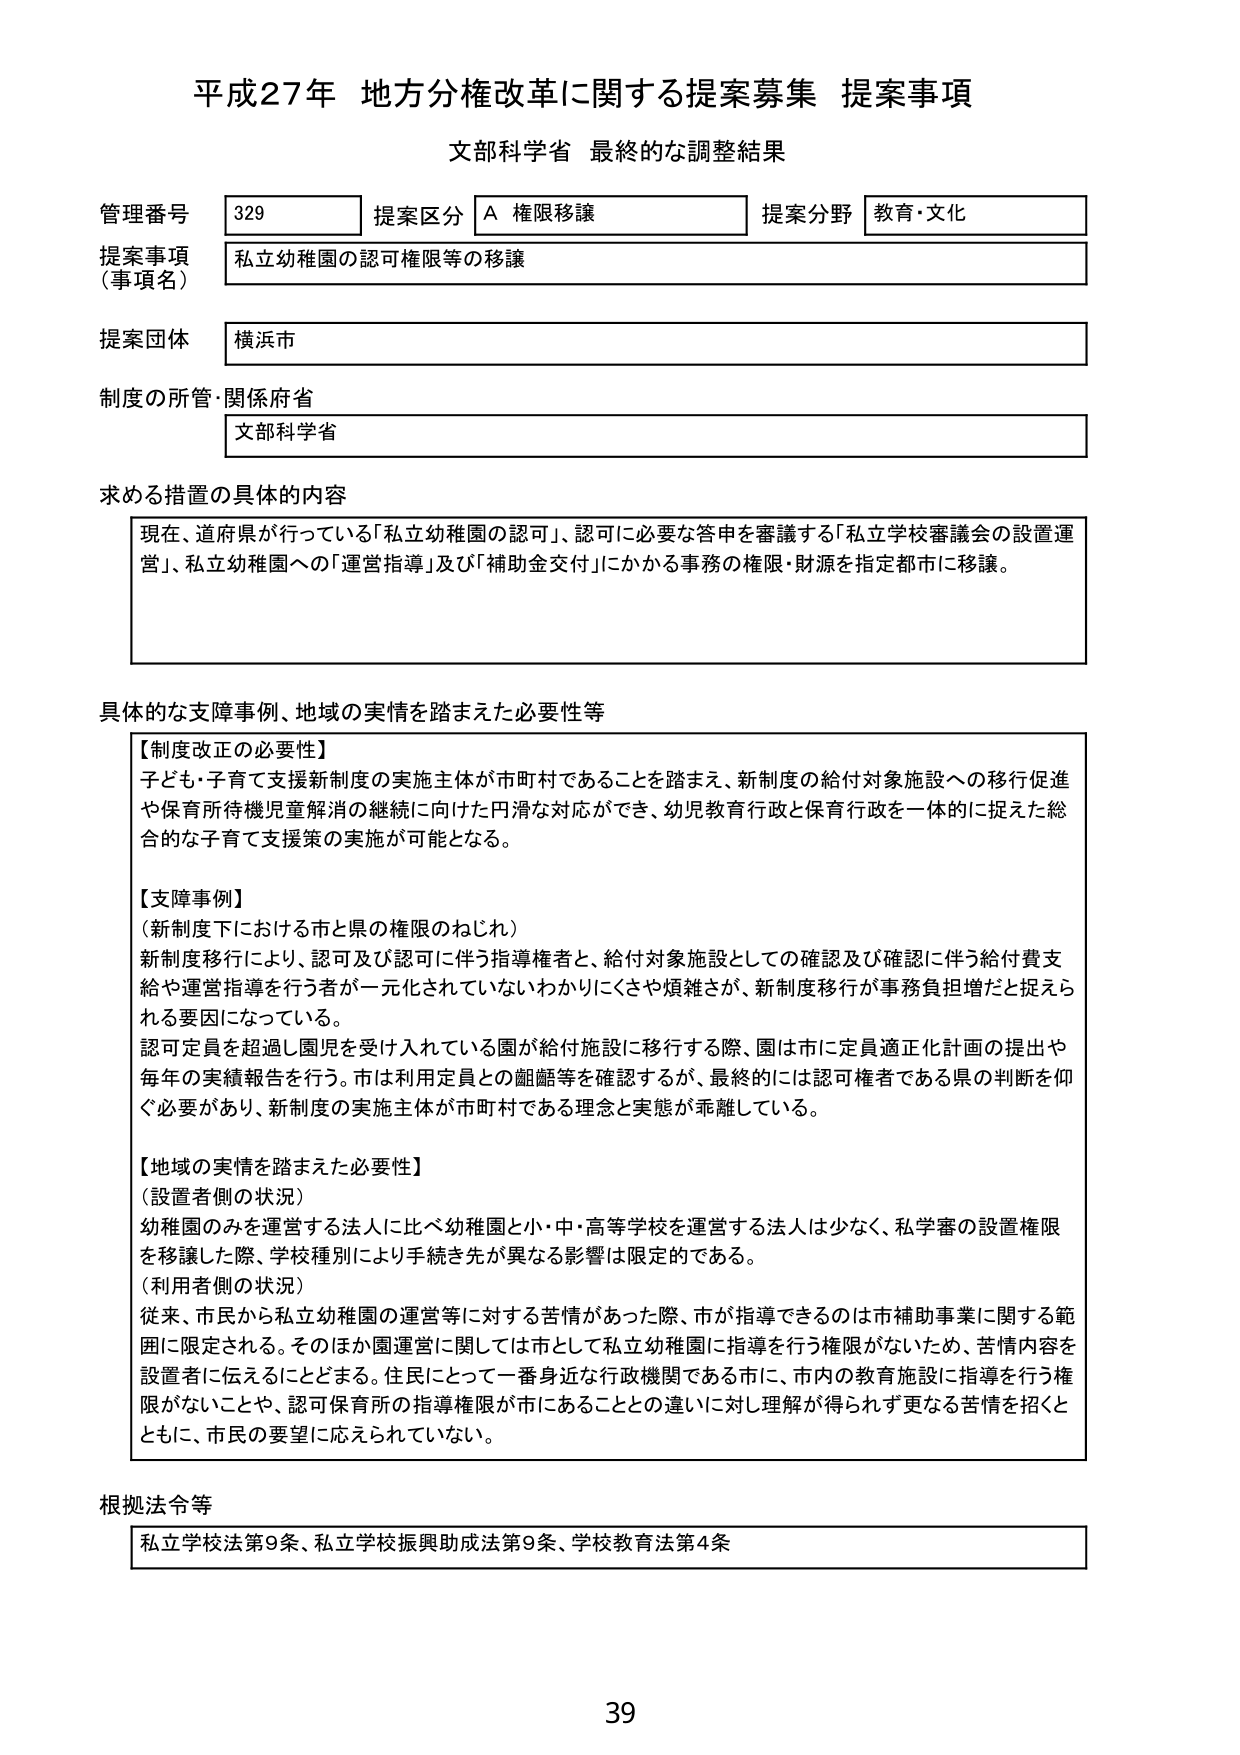
平成27年 地方分権改革に関する提案募集 提案事項
文部科学省 最終的な調整結果

管理番号 329
提案区分 A 権限移譲
提案分野 教育・文化

提案事項（事項名）
私立幼稚園の認可権限等の移譲

提案団体
横浜市

制度の所管・関係府省
文部科学省

求める措置の具体的内容
現在、道府県が行っている「私立幼稚園の認可」、認可に必要な答申を審議する「私立学校審議会の設置運営」、私立幼稚園への「運営指導」及び「補助金交付」にかかる事務の権限・財源を指定都市に移譲。

具体的な支障事例、地域の実情を踏まえた必要性等
【制度改正の必要性】
子ども・子育て支援新制度の実施主体が市町村であることを踏まえ、新制度の給付対象施設への移行促進や保育所待機児童解消の継続に向けた円滑な対応ができ、幼児教育行政と保育行政を一体的に捉えた総合的な子育て支援策の実施が可能となる。

【支障事例】
（新制度下における市と県の権限のねじれ）
新制度移行により、認可及び認可に伴う指導権者と、給付対象施設としての確認及び確認に伴う給付費支給や運営指導を行う者が一元化されていないわかりにくさや煩雑さが、新制度移行が事務負担増だと捉えられる要因になっている。
認可定員を超過し園児を受け入れている園が給付施設に移行する際、園は市に定員適正化計画の提出や毎年の実績報告を行う。市は利用定員との齟齬等を確認するが、最終的には認可権者である県の判断を仰ぐ必要があり、新制度の実施主体が市町村である理念と実態が乖離している。

【地域の実情を踏まえた必要性】
（設置者側の状況）
幼稚園のみを運営する法人に比べ幼稚園と小・中・高等学校を運営する法人は少なく、私学審の設置権限を移譲した際、学校種別により手続き先が異なる影響は限定的である。
（利用者側の状況）
従来、市民から私立幼稚園の運営等に対する苦情があった際、市が指導できるのは市補助事業に関する範囲に限定される。そのほか園運営に関しては市として私立幼稚園に指導を行う権限がないため、苦情内容を設置者に伝えるにとどまる。住民にとって一番身近な行政機関である市に、市内の教育施設に指導を行う権限がないことや、認可保育所の指導権限が市にあることとの違いに対し理解が得られず更なる苦情を招くとともに、市民の要望に応えられていない。

根拠法令等
私立学校法第9条、私立学校振興助成法第9条、学校教育法第4条

39